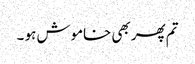
تم پھر بھی خاموش ہو ۔